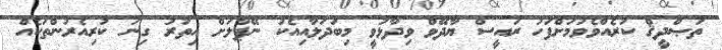
ތަޞްދީޤް ކުރެއްވެވުމަށްފަހު ރައީސް ޔާދޭވް ވިދާޅުވީ މިބަދަލާއިއެކު ނޭޕާލަށް އިތުރު ގިނަ ކުރިއެރުންތަކެއް